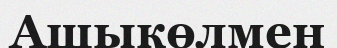
Ащыкөлмен